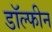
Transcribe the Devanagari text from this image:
डॉल्‍फीन